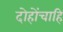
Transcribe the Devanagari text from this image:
दोहोंचाहि